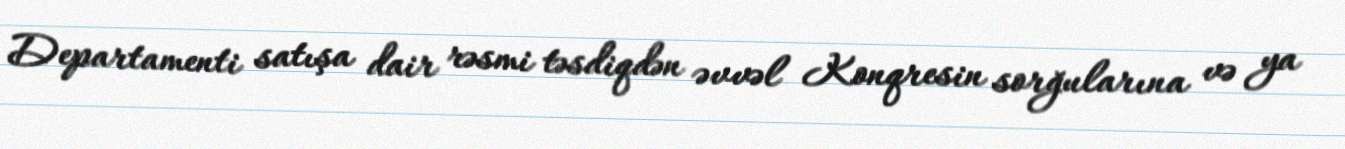
Departamenti satışa dair rəsmi təsdiqdən əvvəl Konqresin sorğularına və ya